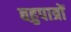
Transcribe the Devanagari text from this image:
बहुपात्रों